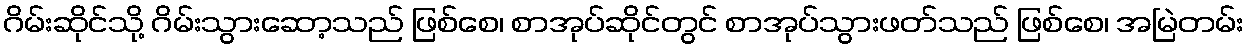
ဂိမ်းဆိုင်သို့ ဂိမ်းသွားဆော့သည် ဖြစ်စေ၊ စာအုပ်ဆိုင်တွင် စာအုပ်သွားဖတ်သည် ဖြစ်စေ၊ အမြဲတမ်း